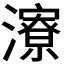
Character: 𪷷